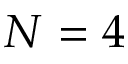
N = 4